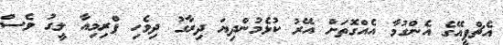
އެޗްޕީއޭގެ އެންގުމާ އެއްގޮތަށް އޭރު ކުޅެމުންދިޔަ ދިރާގު ދިވެހި ޕްރިމިއާ ލީގު ވެސް